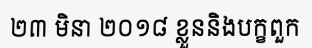
២៣ មិនា ២០១៨ ខ្លួននិងបក្ខពួក